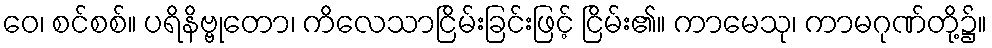
ဝေ၊ စင်စစ်။ ပရိနိဗ္ဗုတော၊ ကိလေသာငြိမ်းခြင်းဖြင့် ငြိမ်း၏။ ကာမေသု၊ ကာမဂုဏ်တို့၌။